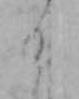
そ